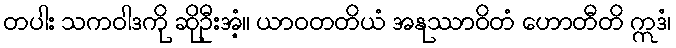
တပါး သကဝါဒကို ဆိုဦးအံ့။ ယာဝတတိယံ အနုဿာဝိတံ ဟောတီတိ ဣဒံ၊